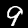
Digit: 9